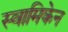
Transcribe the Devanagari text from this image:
स्वामिकेन